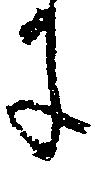
に